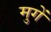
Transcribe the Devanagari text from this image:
मुगें